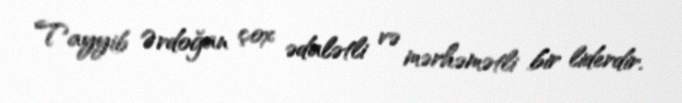
Tayyib Ərdoğan çox ədalətli və mərhəmətli bir liderdir.